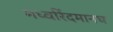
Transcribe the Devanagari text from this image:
मध्वरिंदमानघ